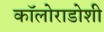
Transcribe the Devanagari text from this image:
कॉलोराडोशी